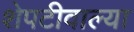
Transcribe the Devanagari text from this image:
शेपटीवाल्या